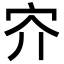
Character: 㝏